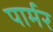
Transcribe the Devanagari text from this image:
पार्मर